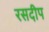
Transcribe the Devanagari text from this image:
रसदीप